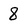
Character: 8